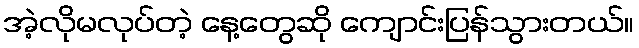
အဲ့လိုမလုပ်တဲ့ နေ့တွေဆို ကျောင်းပြန်သွားတယ်။